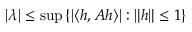
| \lambda | \leq \operatorname* { s u p } \left\{ | \langle h , A h \rangle | : \| h \| \leq 1 \right\}